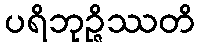
ပရိဘုဉ္ဇိဿတိ